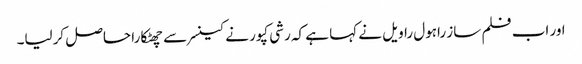
اور اب فلم ساز راہول راویل نے کہا ہے کہ رشی کپور نے کینسر سے چھٹکارا حاصل کرلیا۔